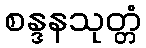
စန္ဒနသုတ္တံ